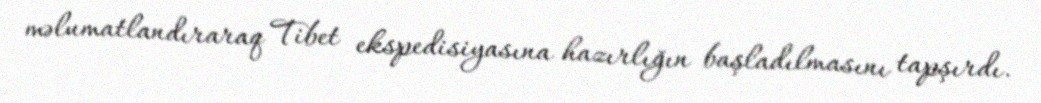
məlumatlandıraraq Tibet ekspedisiyasına hazırlığın başladılmasını tapşırdı.